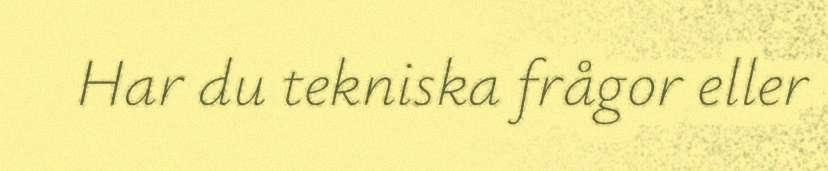
Har du tekniska frågor eller